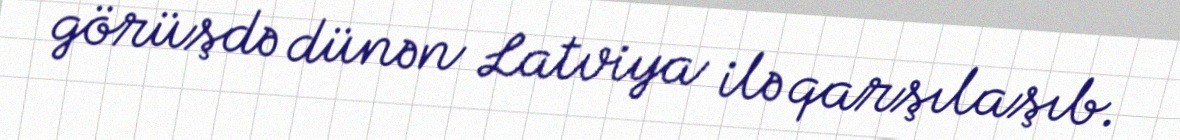
görüşdə dünən Latviya ilə qarşılaşıb.